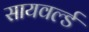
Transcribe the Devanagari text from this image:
सायवर्ल्ड